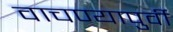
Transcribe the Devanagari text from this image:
वाचण्यापुर्वी